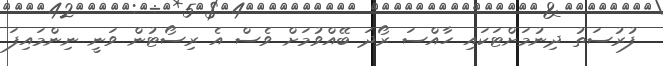
ފުރުސަތު ދިނުމަށްޓަކައި ހާއްސަ ރޯދަ ބޭއްވުމަށް ވެސް އެ ރިސޯޓުން ވަނީ ނިންމައިފަ